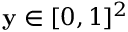
\mathbf { y } \in [ 0 , 1 ] ^ { 2 }